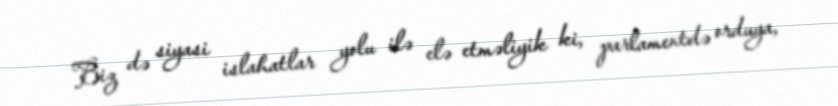
Biz də siyasi islahatlar yolu ilə elə etməliyik ki, parlamentdə orduya,